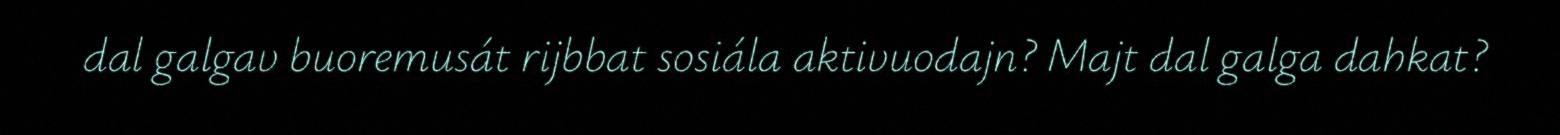
dal galgav buoremusát rijbbat sosiála aktivuodajn? Majt dal galga dahkat?